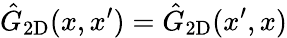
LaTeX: \hat{G}_{\mathrm{2D}}(x,x^{\prime})=\hat{G}_{\mathrm{2D}}(x^{\prime},x)